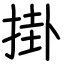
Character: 掛